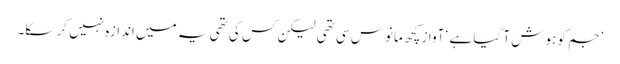
’جم کو ہوش آ گیا ہے ‘ آواز کچھ مانوس سی تھی لیکن کس کی تھی یہ میں اندازہ نہیں کر سکا۔